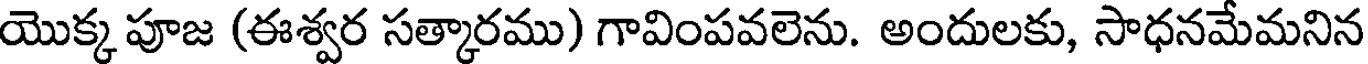
యొక్క పూజ (ఈశ్వర సత్కారము) గావింపవలెను. అందులకు, సాధనమేమనిన